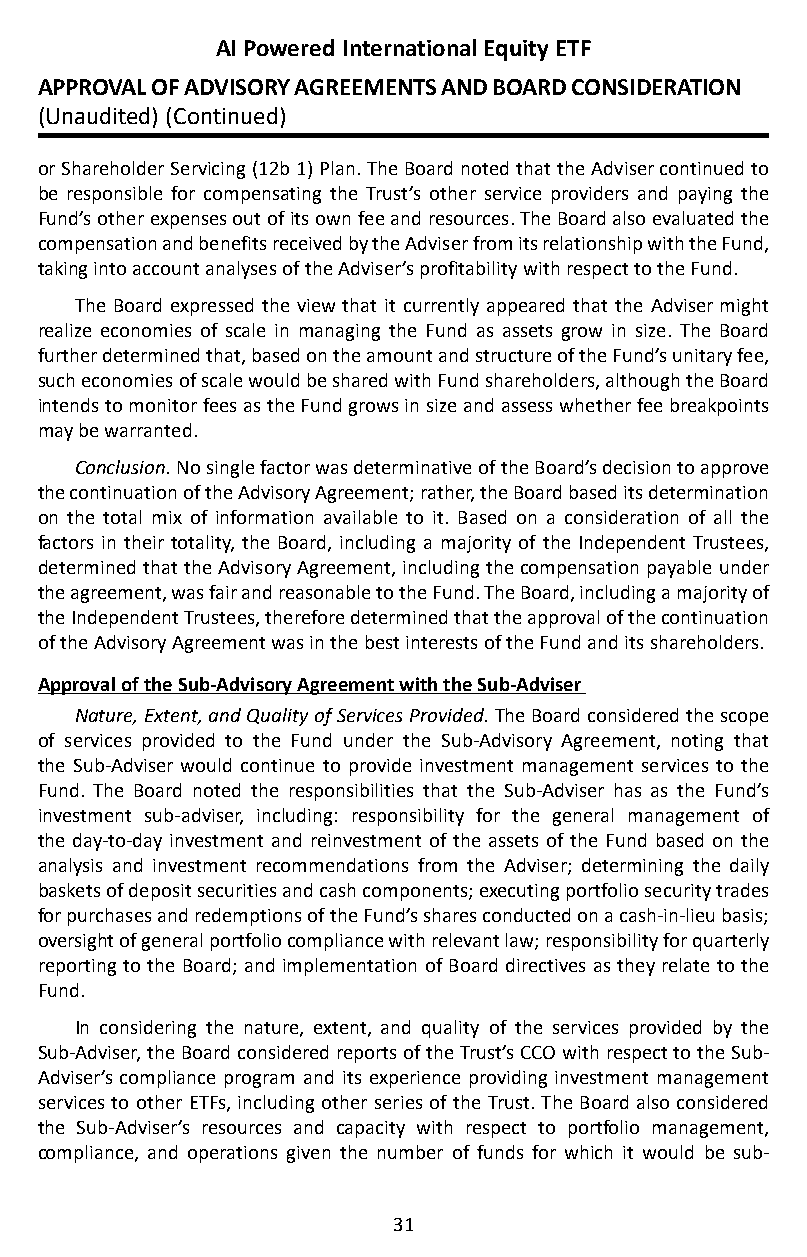
AI Powered International Equity ETF
 APPROVAL OF ADVISORY AGREEMENTS AND BOARD CONSIDERATION
 (Unaudited) (Continued)
 or Shareholder Servicing (12b 1) Plan� The Board noted that the Adviser continued to
 be responsible for compensating the Trust’s other service providers and paying the
 Fund’s other expenses out of its own fee and resources� The Board also evaluated the
 compensation and benefits received by the Adviser from its relationship with the Fund,
 taking into account analyses of the Adviser’s profitability with respect to the Fund�
 The Board expressed the view that it currently appeared that the Adviser might
 realize economies of scale in managing the Fund as assets grow in size� The Board
 further determined that, based on the amount and structure of the Fund’s unitary fee,
 such economies of scale would be shared with Fund shareholders, although the Board
 intends to monitor fees as the Fund grows in size and assess whether fee breakpoints
 may be warranted�
 Conclusion. No single factor was determinative of the Board’s decision to approve
 the continuation of the Advisory Agreement; rather, the Board based its determination
 on the total mix of information available to it� Based on a consideration of all the
 factors in their totality, the Board, including a majority of the Independent Trustees,
 determined that the Advisory Agreement, including the compensation payable under
 the agreement, was fair and reasonable to the Fund� The Board, including a majority of
 the Independent Trustees, therefore determined that the approval of the continuation
 of the Advisory Agreement was in the best interests of the Fund and its shareholders�
 Approval of the Sub-Advisory Agreement with the Sub-Adviser
 Nature, Extent, and Quality of Services Provided. The Board considered the scope
 of services provided to the Fund under the Sub-Advisory Agreement, noting that
 the Sub-Adviser would continue to provide investment management services to the
 Fund� The Board noted the responsibilities that the Sub-Adviser has as the Fund’s
 investment sub-adviser, including: responsibility for the general management of
 the day-to-day investment and reinvestment of the assets of the Fund based on the
 analysis and investment recommendations from the Adviser; determining the daily
 baskets of deposit securities and cash components; executing portfolio security trades
 for purchases and redemptions of the Fund’s shares conducted on a cash-in-lieu basis;
 oversight of general portfolio compliance with relevant law; responsibility for quarterly
 reporting to the Board; and implementation of Board directives as they relate to the
 Fund�
 In considering the nature, extent, and quality of the services provided by the
 Sub-Adviser, the Board considered reports of the Trust’s CCO with respect to the Sub-
 Adviser’s compliance program and its experience providing investment management
 services to other ETFs, including other series of the Trust� The Board also considered
 the Sub-Adviser’s resources and capacity with respect to portfolio management,
 compliance, and operations given the number of funds for which it would be sub-
 31